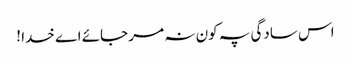
اس سادگی پہ کون نہ مر جائے اے خدا !